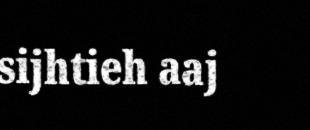
sijhtieh aaj